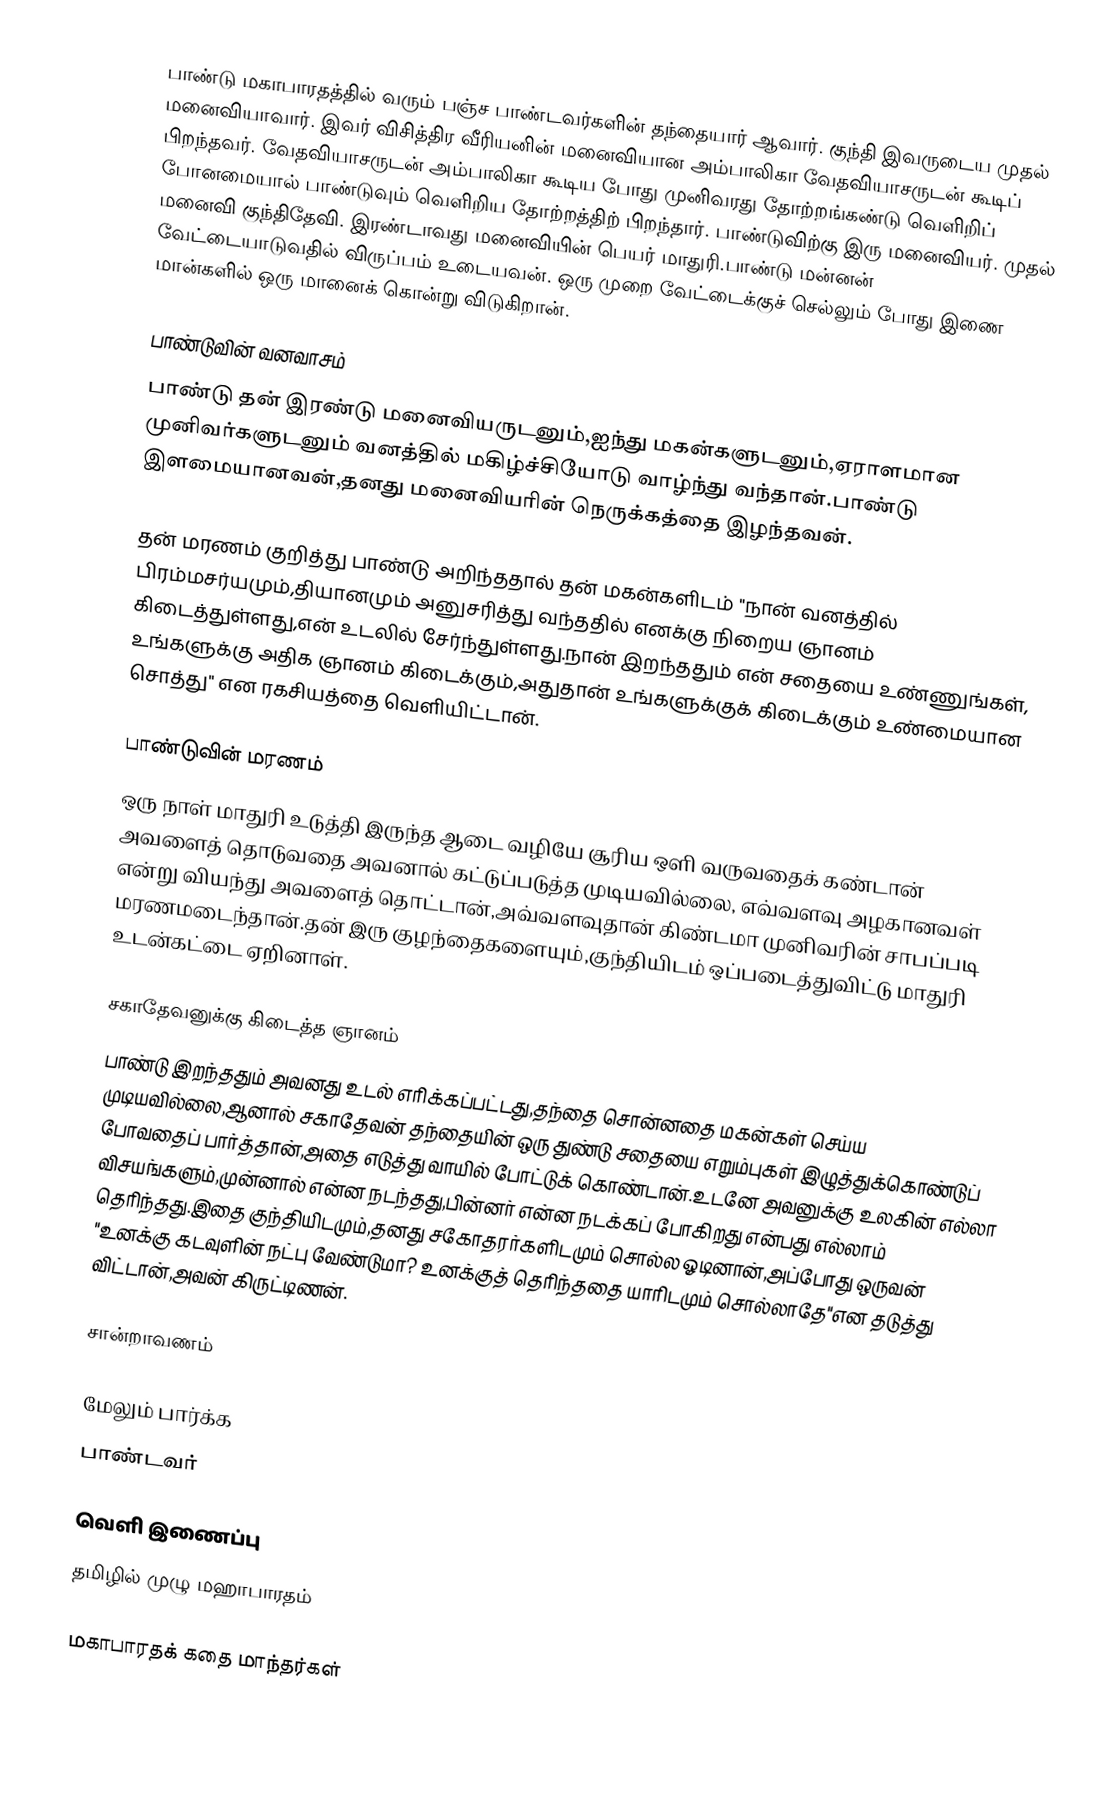
பாண்டு மகாபாரதத்தில் வரும் பஞ்ச பாண்டவர்களின் தந்தையார் ஆவார். குந்தி இவருடைய  முதல் மனைவியாவார். இவர் விசித்திர வீரியனின் மனைவியான அம்பாலிகா வேதவியாசருடன் கூடிப் பிறந்தவர். வேதவியாசருடன் அம்பாலிகா கூடிய போது முனிவரது தோற்றங்கண்டு வெளிறிப் போனமையால் பாண்டுவும் வெளிறிய தோற்றத்திற் பிறந்தார். பாண்டுவிற்கு இரு மனைவியர். முதல் மனைவி குந்திதேவி. இரண்டாவது மனைவியின் பெயர் மாதுரி.பாண்டு மன்னன் வேட்டையாடுவதில் விருப்பம் உடையவன். ஒரு முறை வேட்டைக்குச் செல்லும் போது இணை மான்களில் ஒரு மானைக் கொன்று விடுகிறான்.

பாண்டுவின் வனவாசம்
பாண்டு தன் இரண்டு மனைவியருடனும்,ஐந்து மகன்களுடனும்,ஏராளமான முனிவர்களுடனும் வனத்தில் மகிழ்ச்சியோடு வாழ்ந்து வந்தான்.பாண்டு இளமையானவன்,தனது மனைவியரின் நெருக்கத்தை இழந்தவன்.

தன் மரணம் குறித்து பாண்டு அறிந்ததால் தன் மகன்களிடம் "நான் வனத்தில் பிரம்மசர்யமும்,தியானமும் அனுசரித்து வந்ததில் எனக்கு நிறைய ஞானம் கிடைத்துள்ளது,என் உடலில் சேர்ந்துள்ளது.நான் இறந்ததும் என் சதையை உண்ணுங்கள், உங்களுக்கு அதிக ஞானம் கிடைக்கும்,அதுதான் உங்களுக்குக் கிடைக்கும் உண்மையான சொத்து" என ரகசியத்தை வெளியிட்டான்.

பாண்டுவின் மரணம்
ஒரு நாள் மாதுரி உடுத்தி இருந்த ஆடை வழியே சூரிய ஒளி வருவதைக் கண்டான் அவளைத் தொடுவதை அவனால் கட்டுப்படுத்த முடியவில்லை, எவ்வளவு அழகானவள் என்று வியந்து அவளைத் தொட்டான்,அவ்வளவுதான் கிண்டமா முனிவரின் சாபப்படி மரணமடைந்தான்.தன் இரு குழந்தைகளையும்,குந்தியிடம் ஒப்படைத்துவிட்டு மாதுரி உடன்கட்டை ஏறினாள்.

சகாதேவனுக்கு கிடைத்த ஞானம்
பாண்டு இறந்ததும் அவனது உடல் எரிக்கப்பட்டது,தந்தை சொன்னதை மகன்கள் செய்ய முடியவில்லை,ஆனால் சகாதேவன்  தந்தையின் ஒரு துண்டு சதையை எறும்புகள் இழுத்துக்கொண்டுப் போவதைப் பார்த்தான்,அதை எடுத்து வாயில் போட்டுக் கொண்டான்.உடனே அவனுக்கு உலகின் எல்லா விசயங்களும்,முன்னால் என்ன நடந்தது,பின்னர் என்ன நடக்கப் போகிறது என்பது எல்லாம் தெரிந்தது.இதை குந்தியிடமும்,தனது சகோதரர்களிடமும் சொல்ல ஓடினான்,அப்போது ஒருவன் "உனக்கு கடவுளின் நட்பு வேண்டுமா? உனக்குத் தெரிந்ததை யாரிடமும் சொல்லாதே"என தடுத்து விட்டான்,அவன் கிருட்டிணன்.

சான்றாவணம்

மேலும் பார்க்க
 பாண்டவர்

வெளி இணைப்பு
 தமிழில் முழு மஹாபாரதம்

மகாபாரதக் கதை மாந்தர்கள்